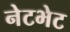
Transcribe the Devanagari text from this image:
नेटभेट